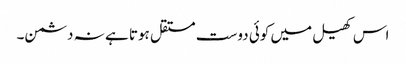
اس کھیل میں کوئی دوست مستقل ہوتا ہے نہ دشمن۔